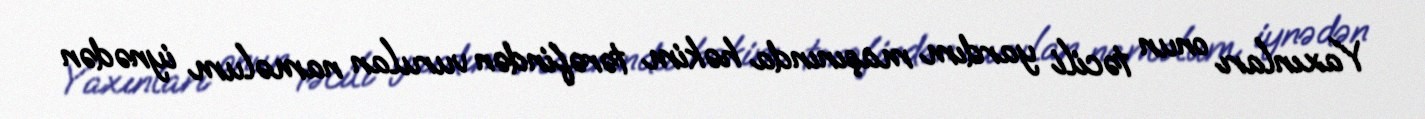
Yaxınları onun təcili yardım maşınında həkim tərəfindən vurulan naməlum iynədən